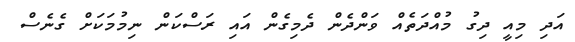
އަދި މިއީ ދިގު މުއްދަތެއް ވަންދެން ދެމިގެން އައި ރަސްކަން ނިމުމަކަށް ގެނެސް